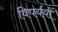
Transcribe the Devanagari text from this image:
विपर्ययों